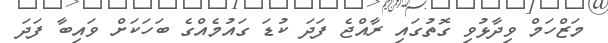
މަޒްހަމް ވިދާޅުވި ގޮތުގައި ރާއްޖެ ފަދަ ކުޑަ ގައުމެއްގެ ބަހަކަށް ވައިބާ ފަދަ